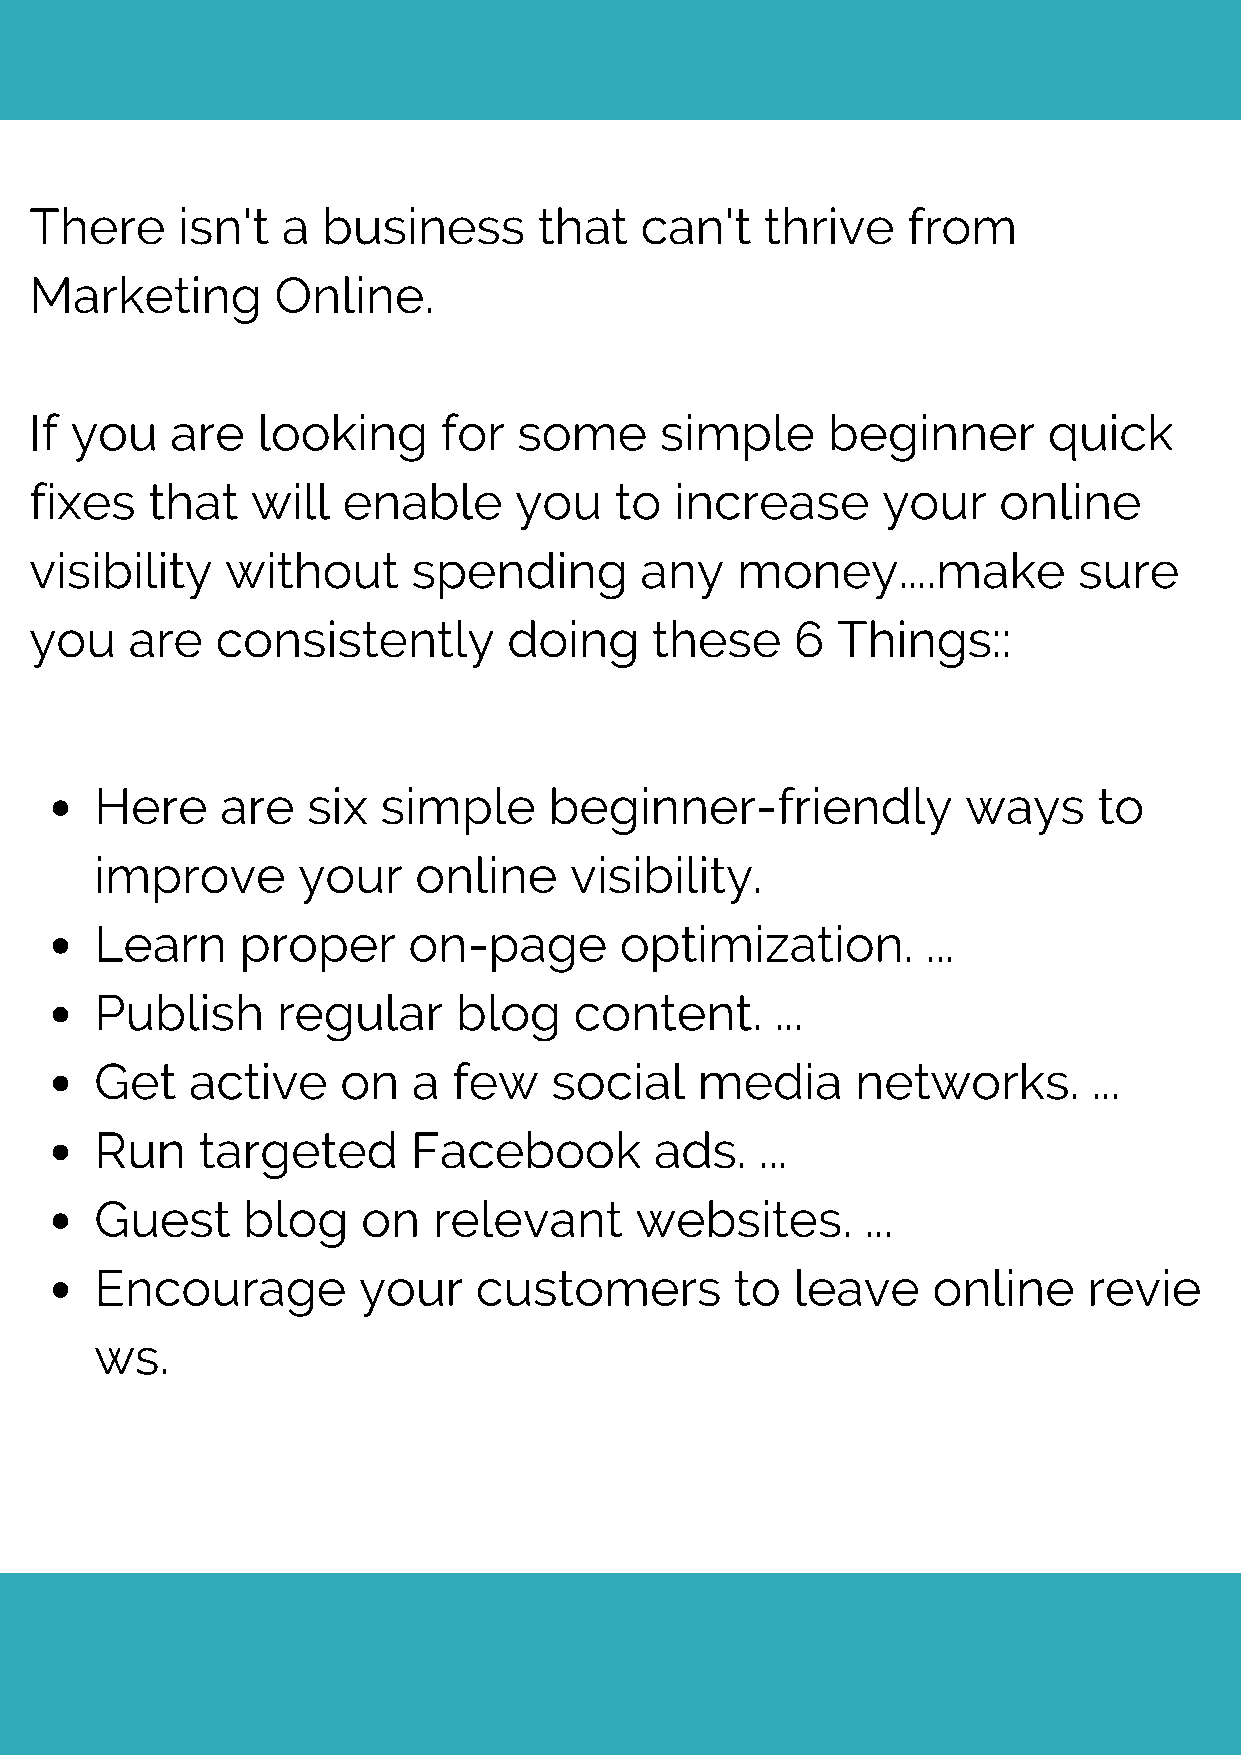
There     isn't  a business       that  can't    thrive   from
 Marketing       Online.
 If you   are   looking     for  some      simple     beginner      quick
 fixes   that   will  enable     you    to  increase     your    online
 visibility   without     spending       any    money....make         sure
 you    are  consistently        doing    these     6 Things::
 Here     are  six  simple     beginner-friendly           ways     to
 improve       your   online     visibility.
 Learn     proper     on-page       optimization.       ...
 Publish     regular     blog    content.     ...
 Get    active    on  a  few    social   media      networks.      ...
 Run    targeted      Facebook        ads.   ...
 Guest     blog    on   relevant     websites.      ...
 Encourage         your   customers         to  leave    online    revie
 ws.